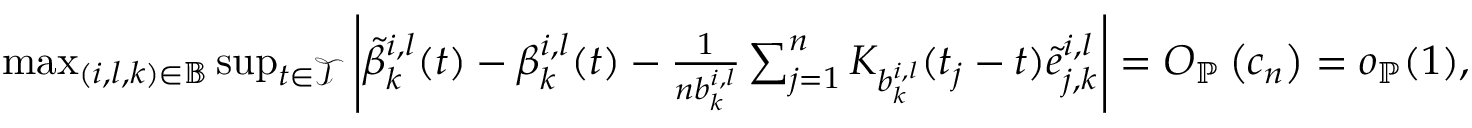
\begin{array} { r l } & { \operatorname* { m a x } _ { ( i , l , k ) \in \mathbb { B } } \operatorname* { s u p } _ { t \in \mathcal { T } } \left| \tilde { \beta } _ { k } ^ { i , l } ( t ) - \beta _ { k } ^ { i , l } ( t ) - \frac { 1 } { n b _ { k } ^ { i , l } } \sum _ { j = 1 } ^ { n } K _ { b _ { k } ^ { i , l } } ( t _ { j } - t ) \tilde { e } _ { j , k } ^ { i , l } \right| = O _ { \mathbb { P } } \left( c _ { n } \right) = o _ { \mathbb { P } } ( 1 ) , } \end{array}